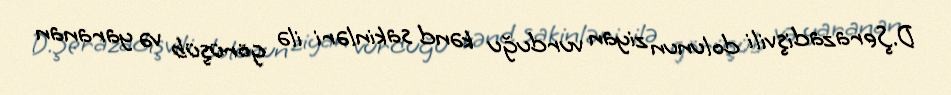
D.Şerazadişvili dolunun ziyan vurduğu kənd sakinləri ilə görüşüb və yaranan